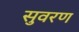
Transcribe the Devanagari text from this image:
सुवरण